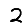
Digit: 2